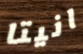
انيتا